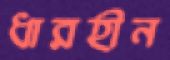
ধারহীন